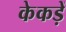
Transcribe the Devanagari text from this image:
केकड़ें